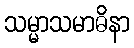
သမ္မာသမာဓိနာ